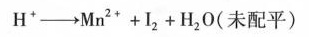
H^{+}─→ M n^{2} + I_{2} + H_{2} O$$(未配平)